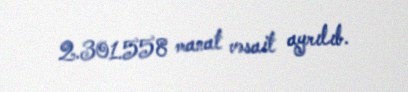
2.301.558 manat vəsait ayrılıb.